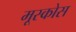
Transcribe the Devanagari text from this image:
मूस्कोस